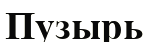
Пузырь